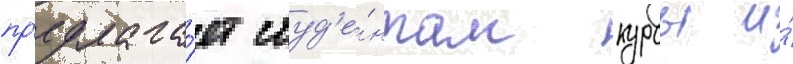
пр'едлага́ет студ'е́нтам курсы и́